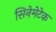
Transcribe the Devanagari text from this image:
सिनेमेटेक